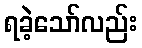
ရခဲ့သော်လည်း